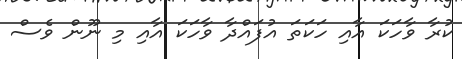
ކުރާ ވާހަކަ އާއި ހަކަތަ އުފައްދާ ވާހަކަ އާއި މި ނޫން ވެސް